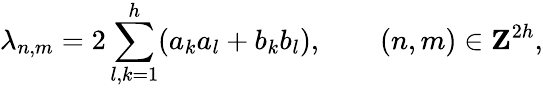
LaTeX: \lambda_{n,m}=2\sum_{l,k=1}^{h}(a_{k}a_{l}+b_{k}b_{l}),\qquad(n,m)\in{\mathbf Z}^{2h},